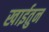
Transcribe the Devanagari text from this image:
खाईतुन